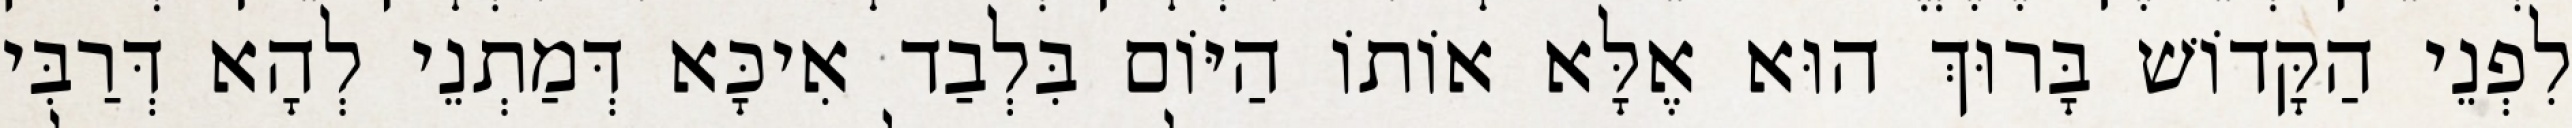
לִפְנֵי הַקָּדוֹשׁ בָּרוּךְ הוּא אֶלָּא אוֹתוֹ הַיּוֹם בִּלְבַד אִיכָּא דְּמַתְנֵי לְהָא דְּרַבִּי